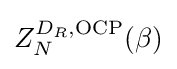
Z_{N}^{D_{R},\mathrm {OCP} }(\beta )